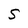
Character: S